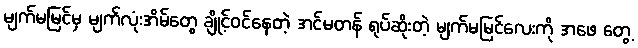
မျက်မမြင်မှ မျက်လုံးအိမ်တွေ ချိုင့်ဝင်နေတဲ့ အင်မတန် ရုပ်ဆိုးတဲ့ မျက်မမြင်လေးကို အဖေ တွေ့